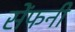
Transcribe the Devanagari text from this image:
सेंफनी